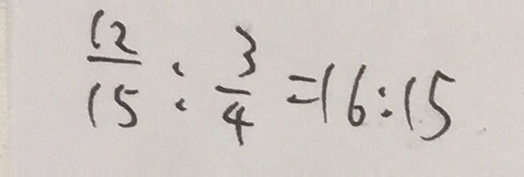
\frac { 1 2 } { 1 5 } : \frac { 3 } { 4 } = 1 6 : 1 5